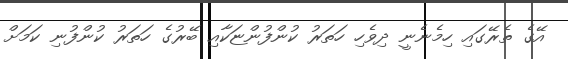
އޭގެ ތެރޭގައި ހިމެނެނީ ދިވެހި ހަތަރު ކުންފުންޏަކާއި ބޭރުގެ ހަތަރު ކުންފުނި ކަމަށް